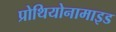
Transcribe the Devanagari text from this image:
प्रोथियोनामाइड